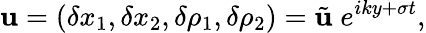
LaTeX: \mathbf{u}=(\delta x_{1},\delta x_{2},\delta\rho_{1},\delta\rho_{2})=\tilde{\mathbf{u}}\; e^{iky+\sigma t},